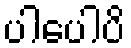
ပါပေါပိ